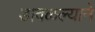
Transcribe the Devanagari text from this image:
डावळल्याने